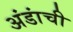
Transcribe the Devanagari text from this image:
अंडांची